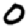
Digit: 0